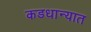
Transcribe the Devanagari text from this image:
कडधान्यात